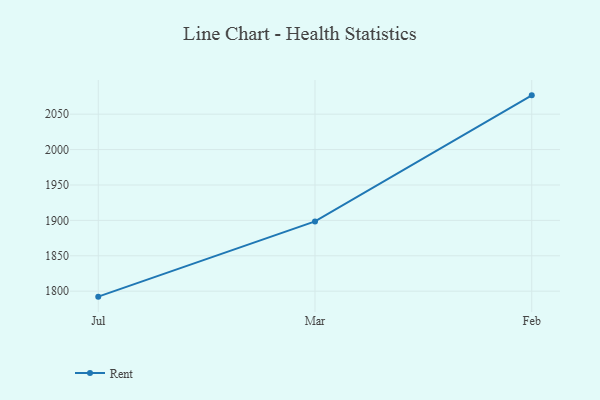
{"axis": {"x": "Month", "y": "Churn Rate (%)"}, "legend": ["Rent"], "data": [{"x": "Jul", "y": 1792.3, "type": "Rent"}, {"x": "Mar", "y": 1898.5, "type": "Rent"}, {"x": "Feb", "y": 2076.6, "type": "Rent"}]}